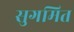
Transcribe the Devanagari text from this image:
सुगमित